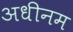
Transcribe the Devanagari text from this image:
अधीनम